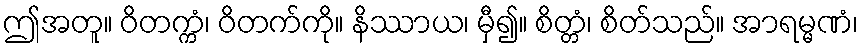
ဤအတူ။ ဝိတက္ကံ၊ ဝိတက်ကို။ နိဿာယ၊ မှီ၍။ စိတ္တံ၊ စိတ်သည်။ အာရမ္မဏံ၊